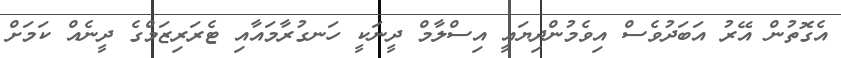
އެގޮތުން އޭރު އަބަދުވެސް އިވެމުންދިޔައީ އިސްލާމް ދީނަކީ ހަނގުރާމައާއި ޓެރަރިޒަމްގެ ދީނެއް ކަމަށް